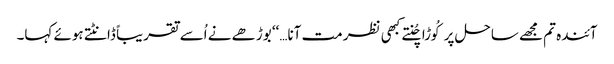
آئندہ تم مجھے ساحل پر کُوڑا چُنتےکبھی نظر مت آنا…‘‘ بوڑھے نے اُسے تقریباً ڈانٹتے ہوئے کہا۔